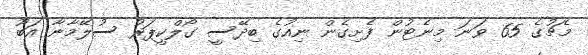
މެޗުގެ 65 ވަނަ މިނެޓުން ފެށިގެން ނިއުގެ ބިދޭސީ ގޯލްކީޕަރު ސުލޭމާނާ އަބޫ